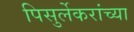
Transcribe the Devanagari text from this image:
पिसुर्लेकरांच्या